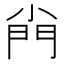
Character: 𡮆